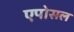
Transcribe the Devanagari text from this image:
एपोसल